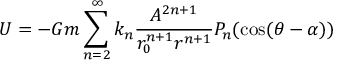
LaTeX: { \cal { U } } = - G m \sum _ { n = 2 } ^ { \infty } k _ { n } { \frac { A ^ { 2 n + 1 } } { r _ { 0 } ^ { n + 1 } r ^ { n + 1 } } } P _ { n } ( \cos ( \theta - \alpha ) )